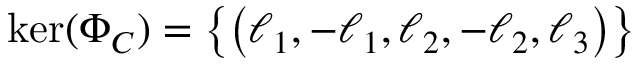
\mathrm { k e r } ( \Phi _ { C } ) = \left\{ \left( \ell _ { 1 } , - \ell _ { 1 } , \ell _ { 2 } , - \ell _ { 2 } , \ell _ { 3 } \right) \right\}